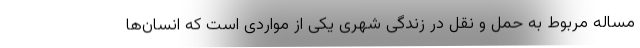
مساله مربوط به حمل و نقل در زندگی شهری یکی از مواردی است که انسان‌ها